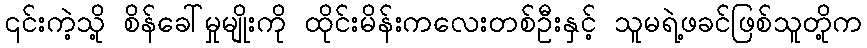
၎င်းကဲ့သို့ စိန်ခေါ်မှုမျိုးကို ထိုင်းမိန်းကလေးတစ်ဦးနှင့် သူမရဲ့ဖခင်ဖြစ်သူတို့က